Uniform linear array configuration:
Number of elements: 32
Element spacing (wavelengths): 0.5
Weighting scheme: hann
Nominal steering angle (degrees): -60
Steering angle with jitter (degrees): -59.175
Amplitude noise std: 0.05
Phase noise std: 0.05

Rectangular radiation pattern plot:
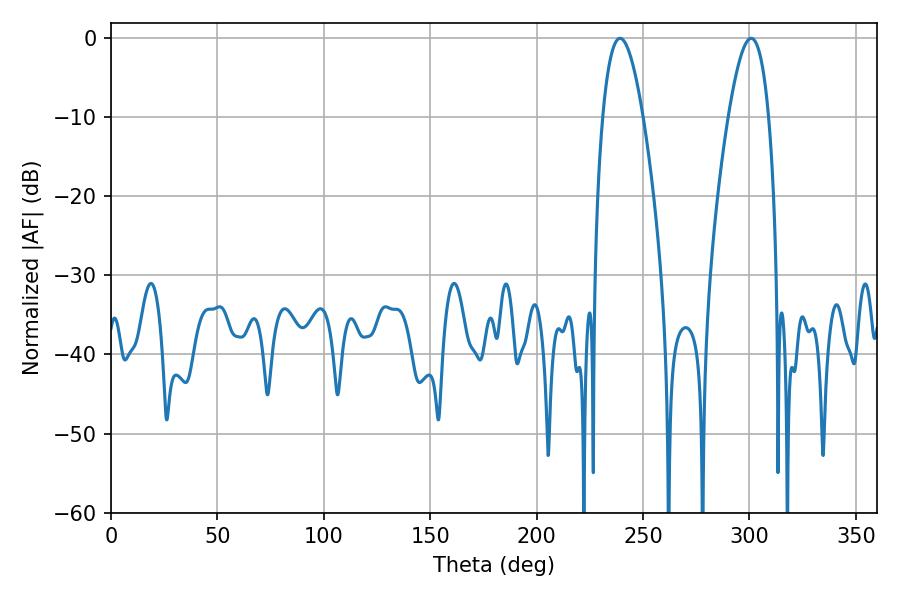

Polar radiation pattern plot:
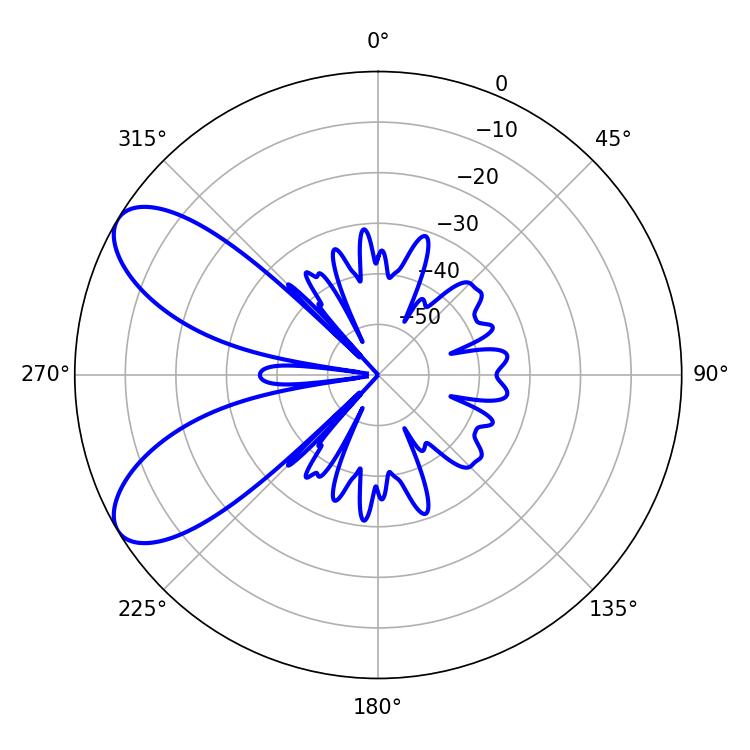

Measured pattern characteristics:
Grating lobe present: FALSE
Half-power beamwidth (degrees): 10.44
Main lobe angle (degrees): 239.22